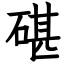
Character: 碪